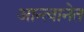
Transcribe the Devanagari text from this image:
आन्त्वानेत